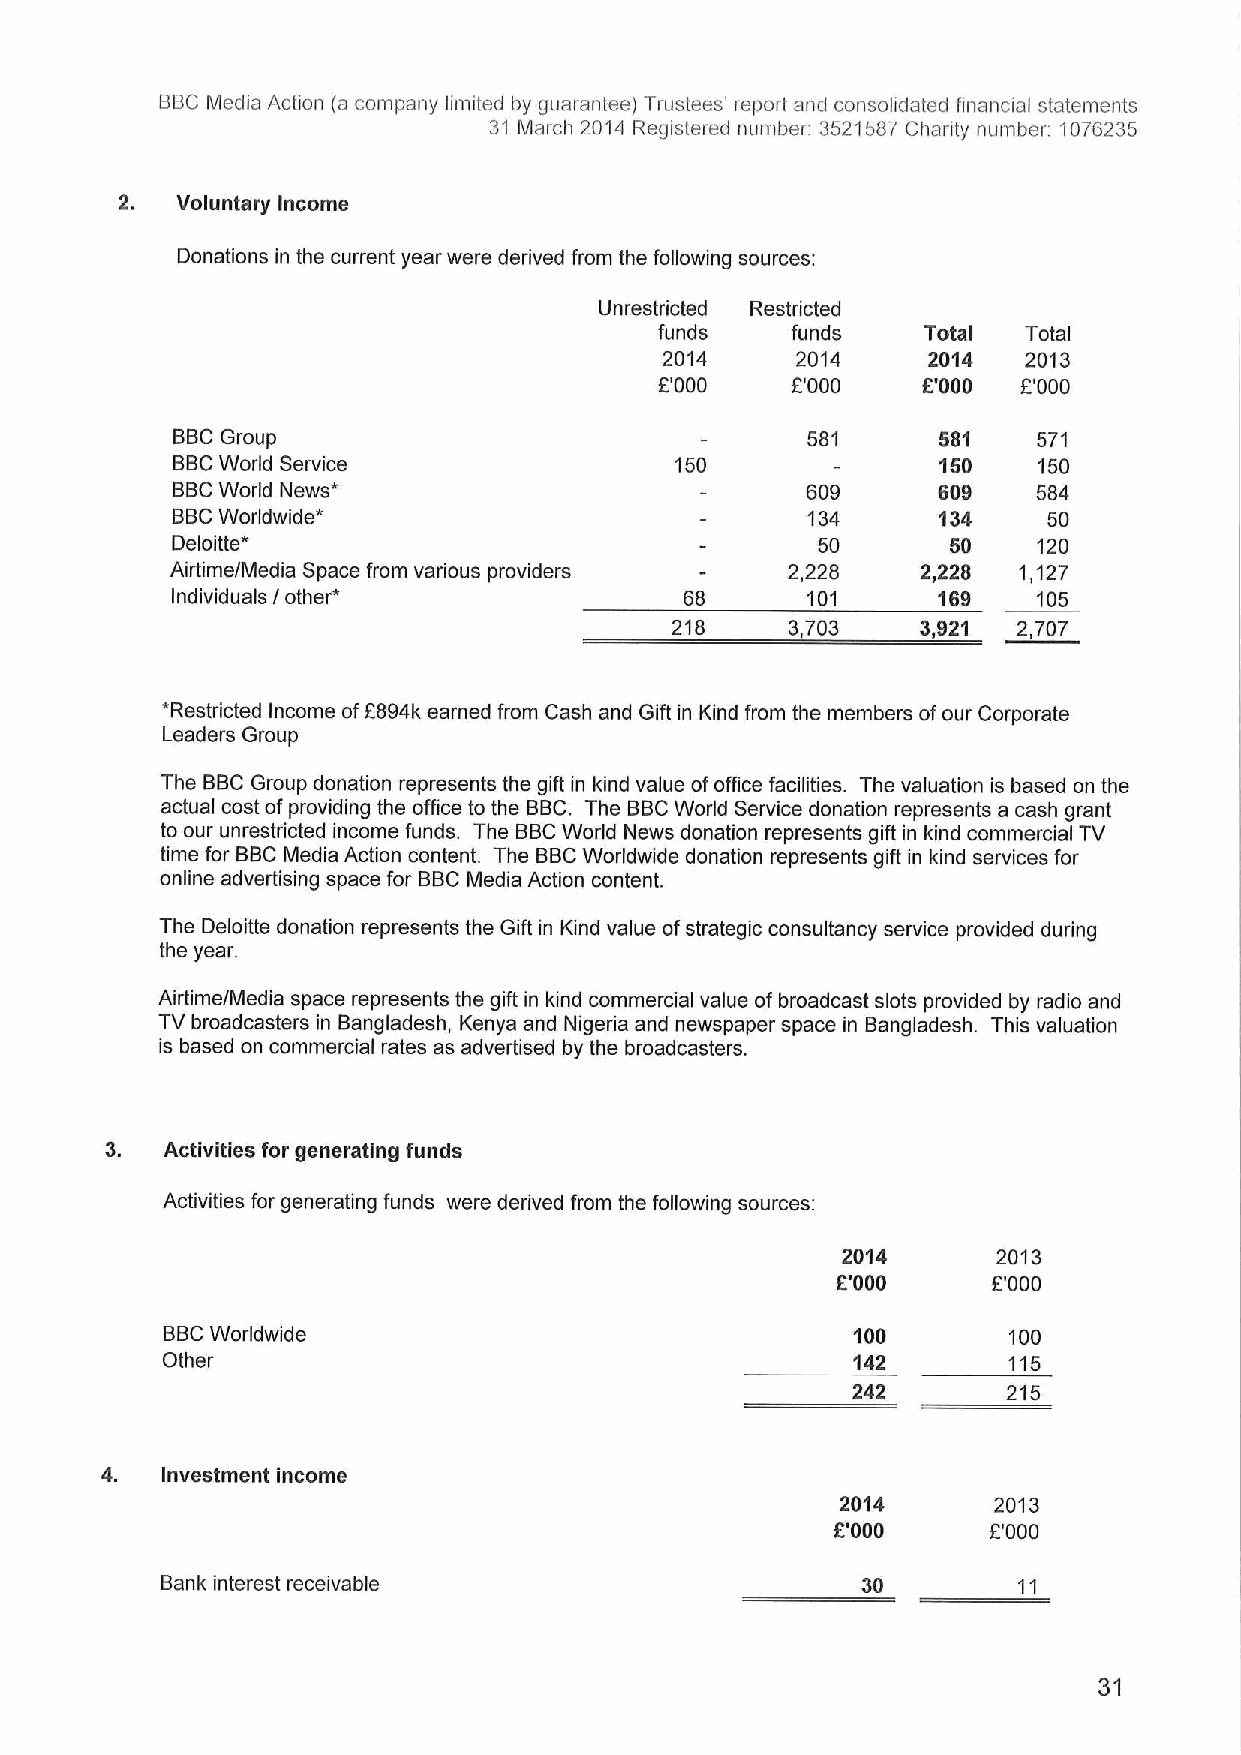
BBCMedia Action (a company limited by guarantee) Trustees' report ancl consolidated financial statements
 31 March 2014 Registered number: 3521587Charity number 1076235
 Voluntary Income
 Donations in the current year were derived from the following sources:
 Unrestricted Restricted
 funds   funds    Total  Total
 2014     2014    2014   2013
 P000    8'000    5'000  f.'000
 BBCGroup                                  581      581    571
 BBCWorld Service                  150              150    150
 BBCWorld News*                            609      809    584
 BBCWorldwide*                             134      134    50
 Deloitte*                                  50       50    120
 Airtime/Media Space from various providers 2,228  2,228 1,127
 Individuals / other*              68      101      169    105
 218     3,703    3,921 2,707
 *Restricted Income of5894k earned from Cash and Gift in Kind from the members ofour Corporate
 Leaders Group
 The BBCGroup donation represents the gift in kind value ofoffice facilities. The valuation is based on the
 actual cost ofproviding the office to the BBC. The BBCWorld Service donation represents a cash grant
 to our unrestricted income funds. The BBCWorld News donation represents gift in kind commercial TV
 time for BBCMedia Action content. The BBCWorldwide donation represents gift in kind services for
 online advertising space for BBCMedia Action content.
 The Deloitte donation represents the Gift in Kind value ofstrategic consultancy service provided during
 the year.
 Airtime/Media space represents the gift in kind commercial value ofbroadcast slots provided by radio and
 TVbroadcasters in Bangladesh, Kenya and Nigeria and newspaper space in Bangladesh. This valuation
 is based on commercial rates as advertised by the broadcasters.
 3.  Activities for generating funds
 Activities for generating funds were derived from the following sources:
 2014      2013
 5'000      5'000
 BBCWorldwide                                  100       100
 Other                                        142        115
 242        215
 4.  Investment income
 2014      2013
 5'000     8'000
 Bank interest receivable                      30